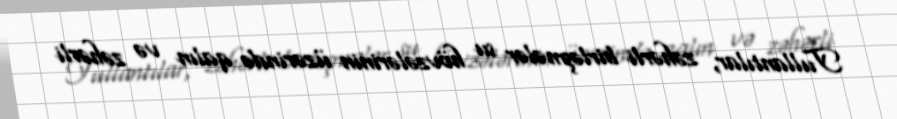
Tullantılar, zəhərli birləşmələr su hövzələrinin üzərində qalın və zəhərli